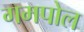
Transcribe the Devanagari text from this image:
गमपोल